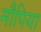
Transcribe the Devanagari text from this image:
मौपिया